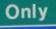
only